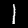
Digit: 1